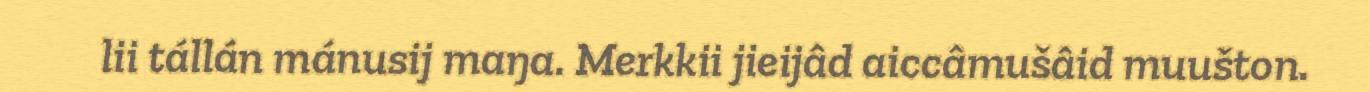
lii tállán mánusij maŋa. Merkkii jieijâd aiccâmušâid muušton.